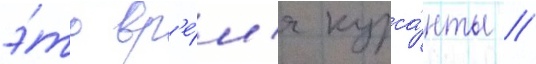
э́то вр'е́м'я курса́нты /